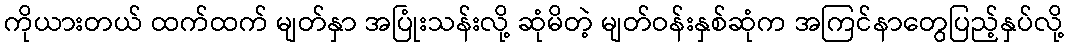
ကိုယားတယ် ထက်ထက် မျတ်နှာ အပြုံးသန်းလို့ ဆုံမိတဲ့ မျတ်ဝန်းနှစ်ဆုံက အကြင်နာတွေပြည့်နှပ်လို့